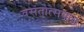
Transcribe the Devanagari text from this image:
वसंतोत्सवात